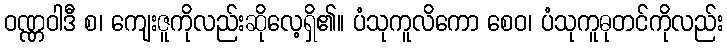
ဝဏ္ဏဝါဒီ စ၊ ကျေးဇူကိုလည်းဆိုလေ့ရှိ၏။ ပံသုကူလိကော စေဝ၊ ပံသုကူဓုတင်ကိုလည်း